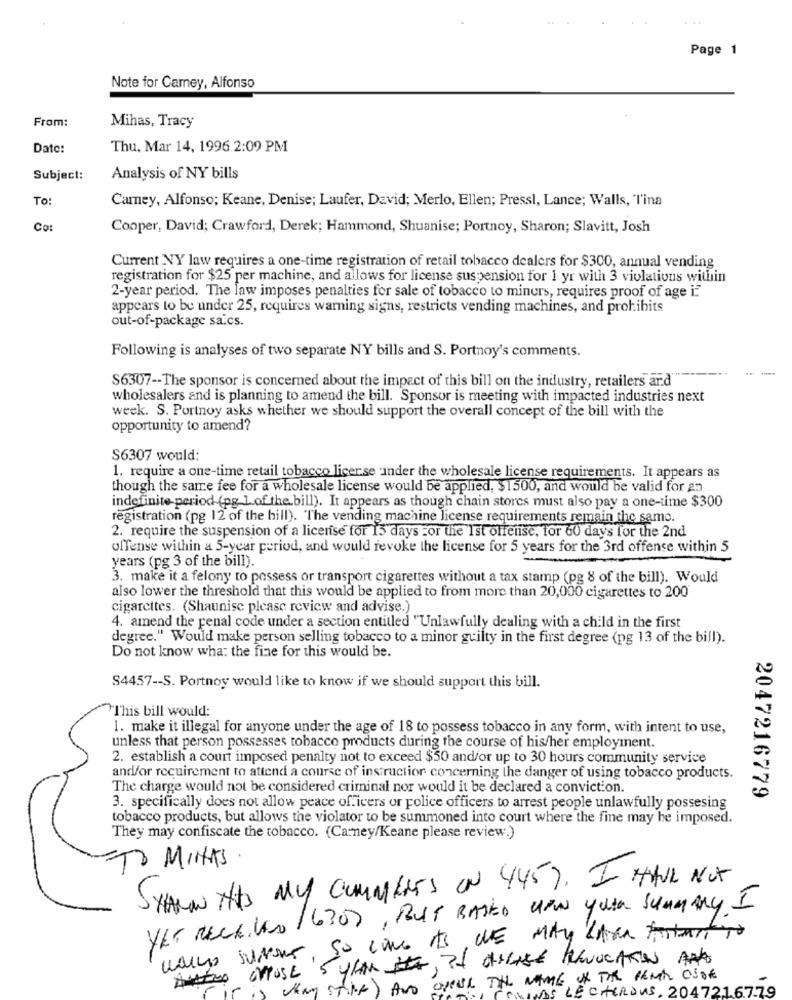
...
Page 1
Note for Camey, Alfonso
From:
Mihas, Tracy
Date:
Thu, Mar 14, 1996 2:09 PM
Subject:
Analysis of NY bills
To:
Carney, Alfonso; Keane, Denise; Laufer, David; Merlo, Ellen; Pressl, Lance; Walls, Tina
Co:
Cooper, David; Crawford, Derek; Hammond, Shuanise; Portnoy, Sharon; Slavitt, Josh
Current NY law requires a one-time registration of retail tobacco dealers for $300, annual vending
registration for $25 per machine, and allows for license suspension for 1 yr with 3 violations within
2-year period. The law imposes penalties for sale of tobacco to miners, requires proof of age i:
appears to be under 25, requires warning signs, restricts vending machines, and prohibits
out-of-package sa.cs.
Following is analyses of two separate NY bills and S. Portnoy's comments.
--
$6307 -- The sponsor is concerned about the impact of this bill on the industry, retailers and'
wholesalers and is planning to amend the bill. Sponsor is meeting with impacted industries next
week. S. Portnoy asks whether we should support the overall concept of the bill with the
opportunity to amend?
S6307 would:
1. require a one-time retail tobacco licerse under the wholesale license requirements. It appears as
though the same fee for a wholesale license would be applied, $1500, and would be valid for an
indefinite period (pg_1of the bill). It appears as though chain stores must also pay a one-time $300
registration (pg 12 of the hill). The vending machine license requirements remain the same.
2. require the suspension of a license for 15 days For the Ist offense, for 60 days for the 2nd
offense within a 5-year period, and would revoke the license for 5 years for the 3rd offense within 5
years (pg 3 of the bill).
3. make it a felony to possess or transport cigarettes without a tax stamp (pg 8 of the bill). Would
also lower the threshold that this would be applied to from more than 20,000 cigarettes to 200
cigarettes. (Shaunise please review and advise.)
4. amend the penal code under a section entitled " Unlawfully dealing with a child in the first
e." Would make person selling tobacco to a minor guilty in the first degree (pg 13 of the bill).
Do not know what the fine for this would be.
S4457 -- S. Portnoy would like to know if we should support this bill.
This bill would:
1. make it illegal for anyone under the age of 18 to possess tobacco in any form, with intent to use,
unless that person possesses tobacco products during the course of his/her employment.
2. establish a court imposed penalty not to exceed $50 and/or up to 30 hours community service
and/or requirement to attend a course of instruction concerning the danger of using tobacco products.
The charge would not be considered criminal nor would it be declared a conviction.
2047216779
3. specifically does not allow peace officers or police officers to arrest people unlawfully possesing
tobacco products, but allows the violator to be summoned into court where the fine may he imposed.
They may confiscate the tobacco. (Carney/Keane please review.)
TO MINHAS
SHARE THIS MY COMMENTS ON 445). I HAVE NOT
YLE RECEIVED 1630), BUT BASED UPON your SUMMARY. I
março surune, So come As WE MAY ZARa fortune To
May Stilte) AND OpeUL THE NAME of FOR RENT OSDE
LECHERDUS , 2047216779